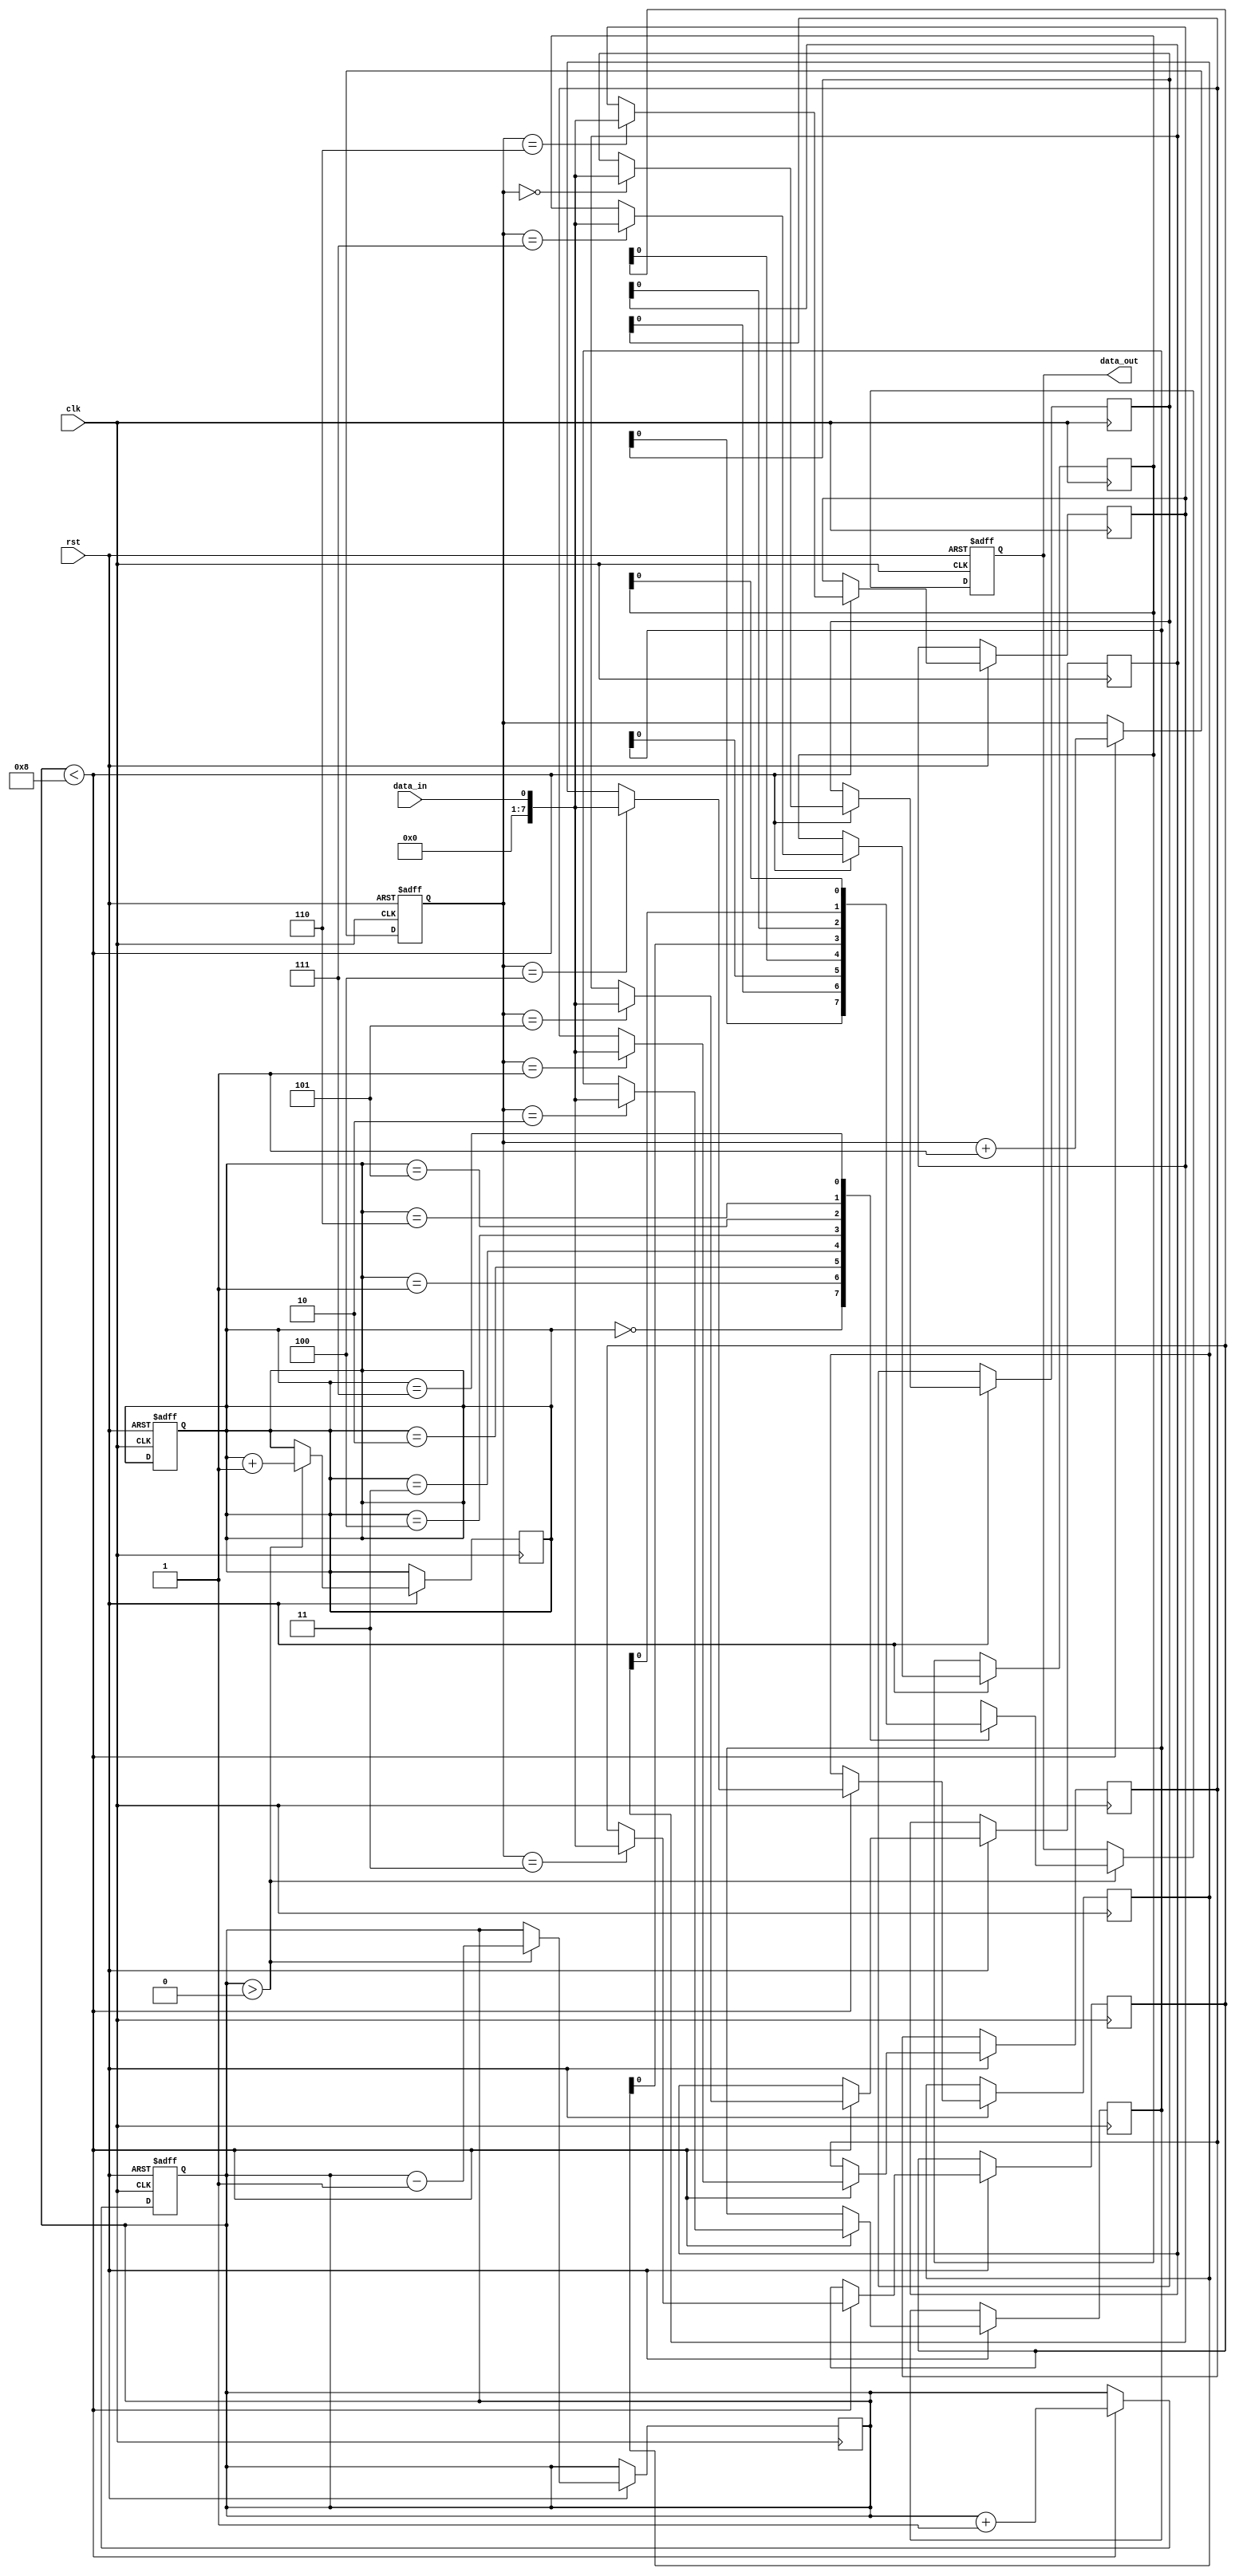
module edge_sensitive_fifo(
    input clk,
    input rst,
    input data_in,
    output reg data_out
);

reg [7:0] fifo [0:7];
reg [2:0] read_ptr = 3'b000;
reg [2:0] write_ptr = 3'b000;
reg [2:0] count = 0;

always @(posedge clk or negedge rst) begin
    if (rst == 1'b0) begin
        read_ptr <= 3'b000;
        write_ptr <= 3'b000;
        count <= 0;
    end else if (count < 8) begin
        fifo[write_ptr] <= data_in;
        write_ptr <= write_ptr + 1;
        count <= count + 1;
    end
end

always @(posedge clk or negedge rst) begin
    if (rst == 1'b0) begin
        data_out <= 8'b0;
    end else if (count > 0) begin
        data_out <= fifo[read_ptr];
        read_ptr <= read_ptr + 1;
        count <= count - 1;
    end
end

endmodule